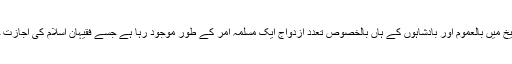
مسلمانوں کی تاریخ میں بالعموم اور بادشاہوں کے ہاں بالخصوص تعدد ازدواج ایک مسلمہ امر کے طور موجود رہا ہے جسے فقیہان اسلام کی اجازت حاصل رہی ہے ۔